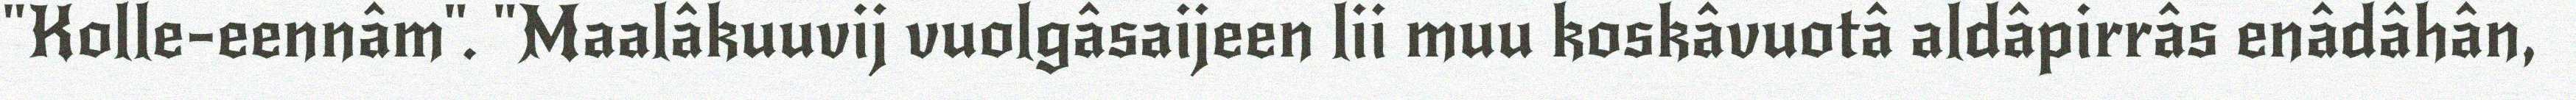
"Kolle-eennâm". "Maalâkuuvij vuolgâsaijeen lii muu koskâvuotâ aldâpirrâs enâdâhân,